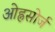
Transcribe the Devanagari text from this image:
ओह्नसोर्ज